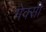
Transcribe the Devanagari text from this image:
गेक्सी